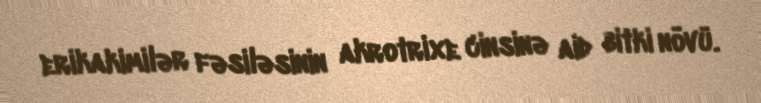
erikakimilər fəsiləsinin akrotrixe cinsinə aid bitki növü.